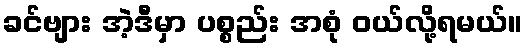
ခင်ဗျား အဲ့ဒီမှာ ပစ္စည်း အစုံ ဝယ်လို့ရမယ်။